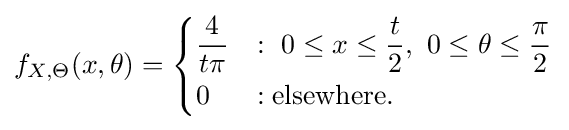
f_{X,\Theta }(x,\theta )={\begin{cases}{\dfrac {4}{t\pi }}&:\ 0\leq x\leq {\dfrac {t}{2}},\ 0\leq \theta \leq {\dfrac {\pi }{2}}\\[4px]0&:{\text{elsewhere.}}\end{cases}}